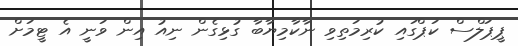
ޕީޕަލްސް ކަޕްގައި ކުރިމަތިިވި ނާކާމިޔާބާ ގުޅިގެން ނިއު އިން ވަނީ އެ ޓީމަށް